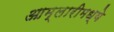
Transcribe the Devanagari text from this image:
आम्लारीमध्ये